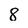
Character: 8